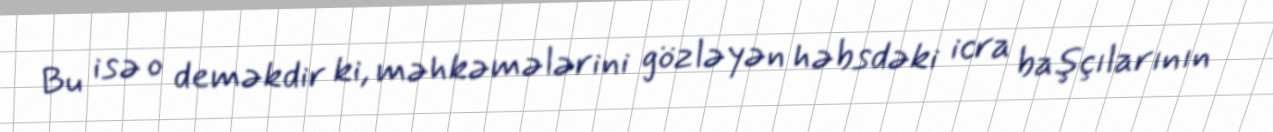
Bu isə o deməkdir ki, məhkəmələrini gözləyən həbsdəki icra başçılarının